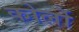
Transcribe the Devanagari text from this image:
कोर्लो